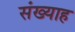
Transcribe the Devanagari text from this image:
संख्याह